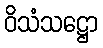
ဝိသံသဋ္ဌော